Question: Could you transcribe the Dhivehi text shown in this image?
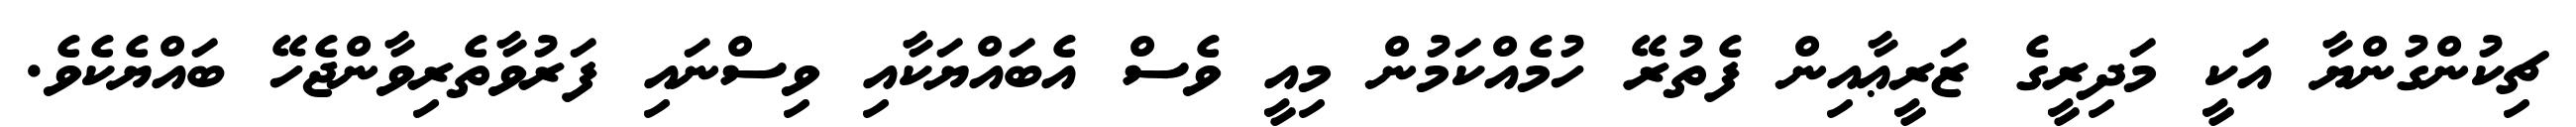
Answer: ޗިކުންގުންޔާ އަކީ މަދިރީގެ ޒަރީޢާއިން ފެތުރޭ ހުމެއްކަމުން މިއީ ވެސް އެބައްޔަކާއި ވިސްނައި ފަރުވާތެރިވާންޖެހޭ ބައްޔެކެވެ.